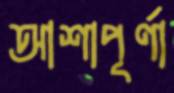
আশাপূর্ণা